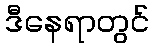
ဒီနေရာတွင်